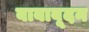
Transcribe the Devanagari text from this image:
बाबाबूदन